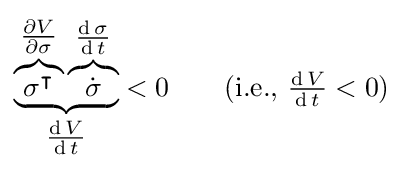
\underbrace {\overbrace {\sigma ^{\intercal }} ^{\tfrac {\partial V}{\partial \sigma }}\overbrace {\dot {\sigma }} ^{\tfrac {\operatorname {d} \sigma }{\operatorname {d} t}}} _{\tfrac {\operatorname {d} V}{\operatorname {d} t}}<0\qquad {\text{(i.e., }}{\tfrac {\operatorname {d} V}{\operatorname {d} t}}<0{\text{)}}